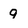
Character: g